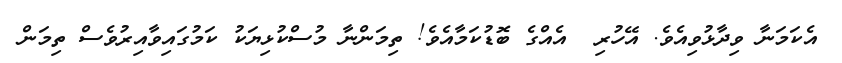
އެކަމަނާ ވިދާޅުވިއެވެ. އޭހުރި  އެއްގެ ބޮޑުކަމާއެވެ! ތިމަންނާ މުސްކުޅިޔަކު ކަމުގައިވާއިރުވެސް ތިމަން